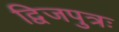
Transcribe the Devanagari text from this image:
द्विजपुत्रः